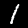
Digit: 1